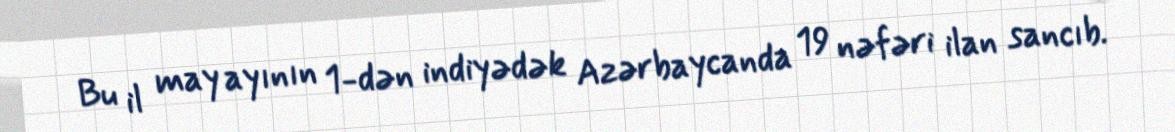
Bu il may ayının 1-dən indiyədək Azərbaycanda 19 nəfəri ilan sancıb.